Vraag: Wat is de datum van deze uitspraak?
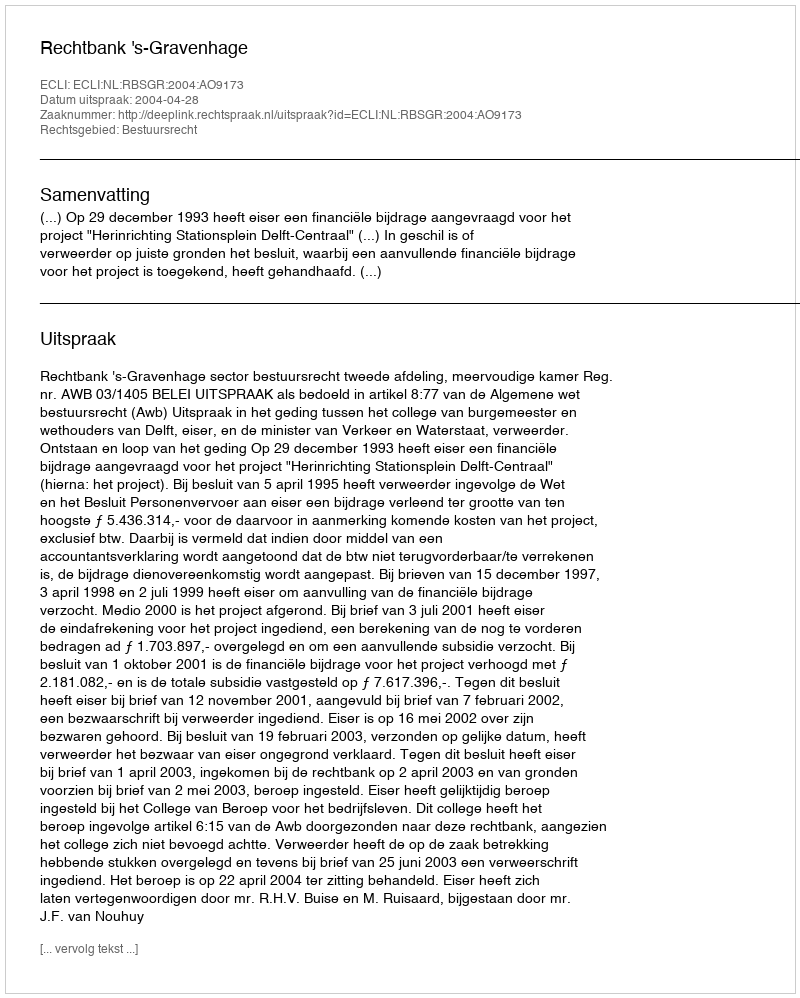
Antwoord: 2004-04-28